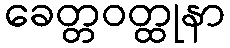
ခေတ္တဝတ္ထုနာ